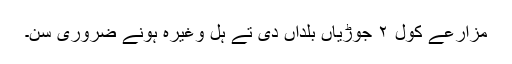
مزارعے کول ٢ جوڑیاں بلداں دی تے ہل وغیرہ ہونے ضروری سن۔